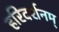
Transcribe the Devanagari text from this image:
हरिदर्शनम्